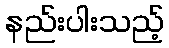
နည်းပါးသည့်